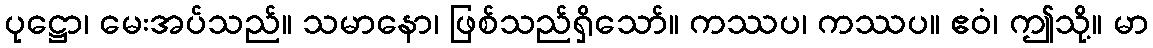
ပုဋ္ဌော၊ မေးအပ်သည်။ သမာနော၊ ဖြစ်သည်ရှိသော်။ ကဿပ၊ ကဿပ။ ဧဝံ၊ ဤသို့။ မာ